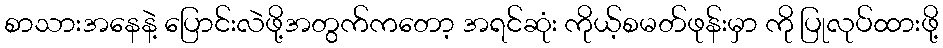
စာသားအနေနဲ့ ပြောင်းလဲဖို့အတွက်ကတော့ အရင်ဆုံး ကိုယ့်စမတ်ဖုန်းမှာ ကို ပြုလုပ်ထားဖို့